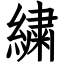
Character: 繍